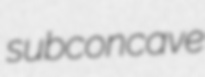
subconcave